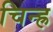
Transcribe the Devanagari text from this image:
चिन्ह्र